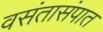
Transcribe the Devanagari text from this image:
वसंतासंपात